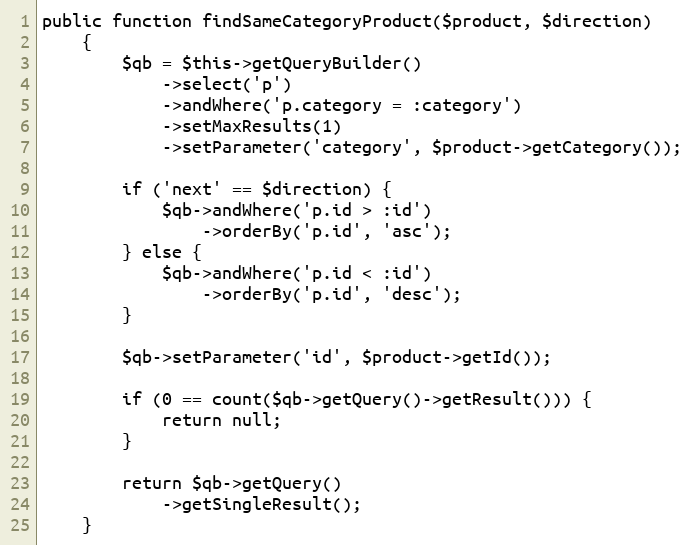
Language: PHP
public function findSameCategoryProduct($product, $direction)
    {
        $qb = $this->getQueryBuilder()
            ->select('p')
            ->andWhere('p.category = :category')
            ->setMaxResults(1)
            ->setParameter('category', $product->getCategory());

        if ('next' == $direction) {
            $qb->andWhere('p.id > :id')
                ->orderBy('p.id', 'asc');
        } else {
            $qb->andWhere('p.id < :id')
                ->orderBy('p.id', 'desc');
        }

        $qb->setParameter('id', $product->getId());

        if (0 == count($qb->getQuery()->getResult())) {
            return null;
        }

        return $qb->getQuery()
            ->getSingleResult();
    }